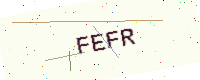
Text: FEFR